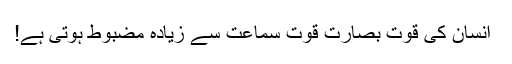
﻿ انسان کی قوتِ بصارت قوتِ سماعت سے زیادہ مضبوط ہوتی ہے!